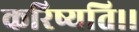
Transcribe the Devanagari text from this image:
करिष्यति।।